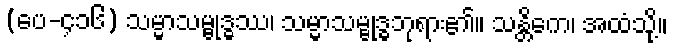
(ပေ-၄၁၆) သမ္မာသမ္ဗုဒ္ဓဿ၊ သမ္မာသမ္ဗုဒ္ဓဘုရား၏။ သန္တိကေ၊ အထံသို့။